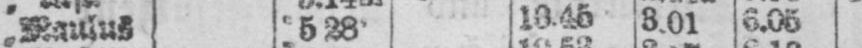
„ Maulus. 5.28 10.45 3.01 6.05